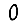
Digit: 0